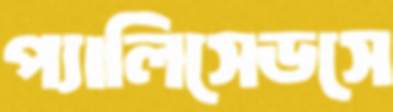
প্যালিসেডসে